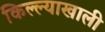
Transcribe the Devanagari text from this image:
किल्ल्याखाली